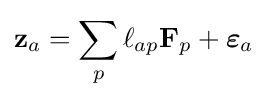
\mathbf {z} _{a}=\sum _{p}\ell _{ap}\mathbf {F} _{p}+{\boldsymbol {\varepsilon }}_{a}